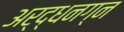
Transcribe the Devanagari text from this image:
अर्द्धनग्न